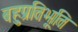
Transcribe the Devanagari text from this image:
बहुप्रतिभूति